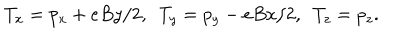
LaTeX: T _ { x } = p _ { x } + e B y / 2 , ~ ~ T _ { y } = p _ { y } - e B x / 2 , ~ ~ T _ { z } = p _ { z } .